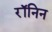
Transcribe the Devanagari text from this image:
रॉनिन